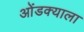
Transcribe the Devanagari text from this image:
ओंडक्याला